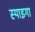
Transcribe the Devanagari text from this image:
स्पाइगा